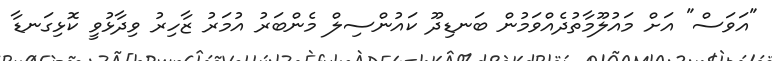
"އަވަސް" އަށް މައުލޫމާތުދެއްވަމުން ބަނޑިދޫ ކައުންސިލް މެންބަރު އުމަރު ޒާހިރު ވިދާޅުވީ ކޮޅިގަނޑާ